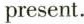
present.